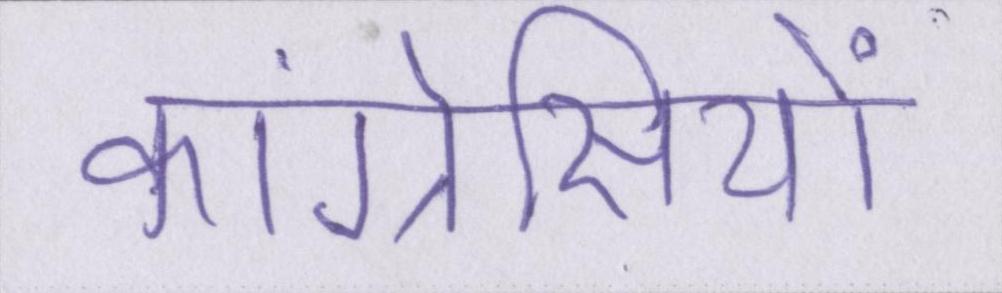
कांग्रेसियों